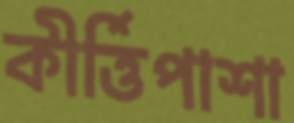
কীর্ত্তিপাশা